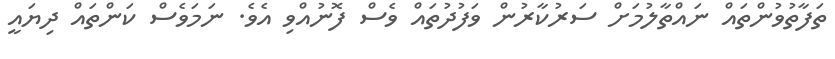
ތަފާތުވުންތައް ނައްތާލުމަށް ސަރުކާރުން ވަފުދުތައް ވެސް ފޮނުއްވި އެވެ. ނަމަވެސް ކަންތައް ދިޔައީ